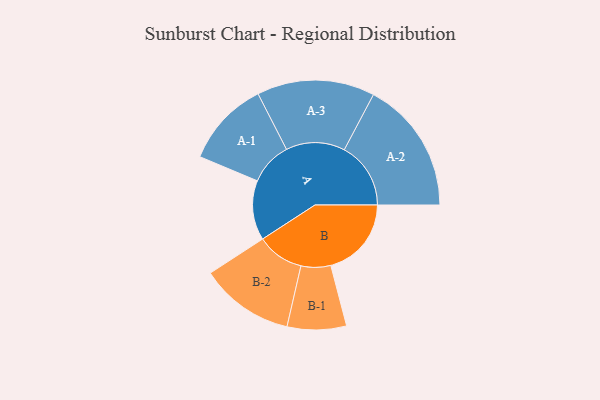
{"axis": {"x": "Segment", "y": "Value"}, "legend": ["", "A", "B"], "data": [{"x": "A", "y": 228, "type": ""}, {"x": "B", "y": 308, "type": ""}, {"x": "A-1", "y": 164, "type": "A"}, {"x": "A-2", "y": 254, "type": "A"}, {"x": "A-3", "y": 225, "type": "A"}, {"x": "B-1", "y": 113, "type": "B"}, {"x": "B-2", "y": 180, "type": "B"}]}